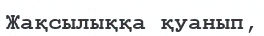
Жақсылыққа қуанып,